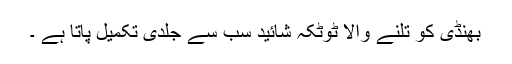
بھنڈی کو تلنے والا ٹوٹکہ شائید سب سے جلدی تکمیل پاتا ہے ۔